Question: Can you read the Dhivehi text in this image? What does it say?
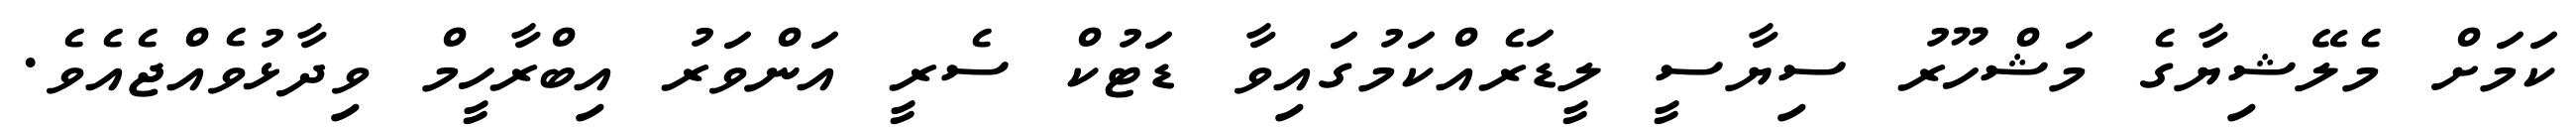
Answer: ކަމަށް މެލޭޝިޔާގެ މަޝްހޫރު ސިޔާސީ ލީޑަރެއްކަމުގައިވާ ޑަޓުކް ސެރީ އަންވަރު އިބްރާހީމް ވިދާޅުވެއްޖެއެވެ.